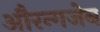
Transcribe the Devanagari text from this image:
औरन्गजेब